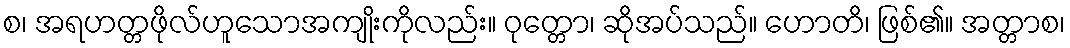
စ၊ အရဟတ္တဖိုလ်ဟူသောအကျိုးကိုလည်း။ ဝုတ္တော၊ ဆိုအပ်သည်။ ဟောတိ၊ ဖြစ်၏။ အတ္တာစ၊